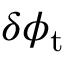
\delta \phi _ { \mathrm { t } }